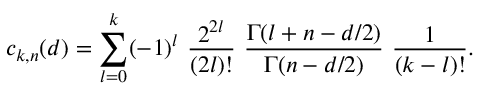
c _ { k , n } ( d ) = \sum _ { l = 0 } ^ { k } ( - 1 ) ^ { l } ~ { \frac { 2 ^ { 2 l } } { ( 2 l ) ! } } ~ { \frac { \Gamma ( l + n - d / 2 ) } { \Gamma ( n - d / 2 ) } } ~ { \frac { 1 } { ( k - l ) ! } } .